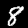
Label: 8